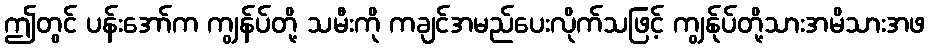
ဤတွင် ပန်းအော်က ကျွန်ပ်တို့ သမီးကို ကချင်အမည်ပေးလိုက်သဖြင့် ကျွန်ုပ်တို့သားအမိသားအဖ